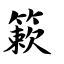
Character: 簌